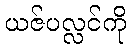
ယဇ်ပလ္လင်ကို